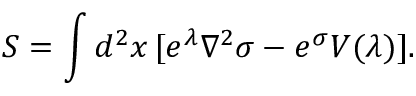
S = \int d ^ { 2 } x \, [ e ^ { \lambda } \nabla ^ { 2 } \sigma - e ^ { \sigma } V ( \lambda ) ] .